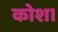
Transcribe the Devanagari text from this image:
कोश।